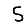
Digit: 5